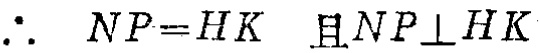
\(\therefore\ NP = HK\ \ 且NP\perp HK\)